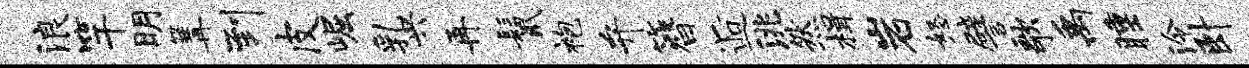
浪竿明篝到皮崛乳兴再鬣袍弁簪逅洮然楫岩怒譬歌禹睡泠卧